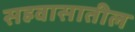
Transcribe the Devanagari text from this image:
सहवासातील